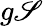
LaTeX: g\mathscr{S}